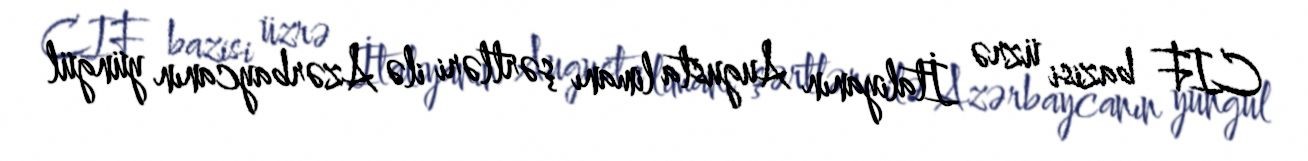
CIF bazisi üzrə İtaliyanın Augusta limanı şərtləri ilə Azərbaycanın yüngül